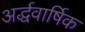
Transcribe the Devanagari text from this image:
अर्द्धवार्षिक